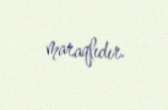
maraqlıdır.